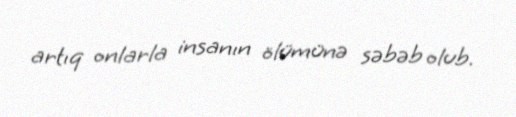
artıq onlarla insanın ölümünə səbəb olub.